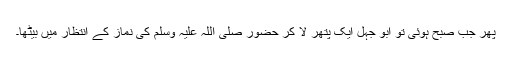
پھر جب صبح ہوئی تو ابو جہل ایک پتھر لا کر حضور صلی اللہ علیہ وسلم کی نماز کے انتظار میں بیٹھا۔